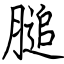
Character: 膇